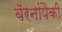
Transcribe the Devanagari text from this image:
बॅरनांपैकी